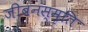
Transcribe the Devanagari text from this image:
जीबनस्मृति